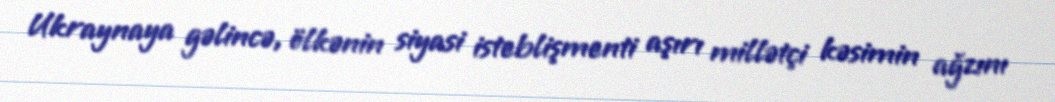
Ukraynaya gəlincə, ölkənin siyasi isteblişmenti aşırı millətçi kəsimin ağzını